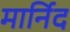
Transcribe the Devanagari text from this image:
मार्निद